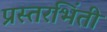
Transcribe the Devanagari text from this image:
प्रस्तरभिंती